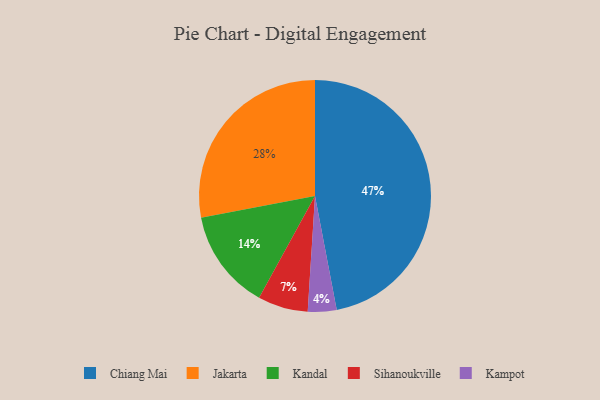
{"axis": {"x": "Category", "y": "Percentage"}, "legend": ["Chiang Mai", "Jakarta", "Kampot", "Kandal", "Sihanoukville"], "data": [{"x": "Chiang Mai", "y": 47, "type": "Chiang Mai"}, {"x": "Kandal", "y": 14, "type": "Kandal"}, {"x": "Sihanoukville", "y": 7, "type": "Sihanoukville"}, {"x": "Kampot", "y": 4, "type": "Kampot"}, {"x": "Jakarta", "y": 28, "type": "Jakarta"}]}